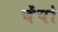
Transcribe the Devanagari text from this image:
चेंपो